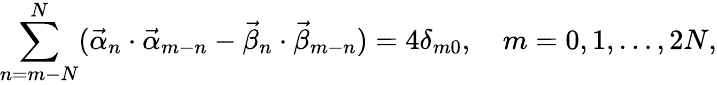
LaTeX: \sum_{n=m-N}^{N}(\vec{\alpha}_{n}\cdot\vec{\alpha}_{m-n}-\vec{\beta}_{n}\cdot\vec{\beta}_{m-n})=4\delta_{m0},\quad m=0,1,\dots,2N,